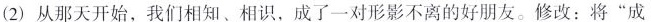
(2)从那天开始，我们相知、相识，成了一对形影不离的好朋友。修改：将”成